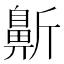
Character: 𱌓